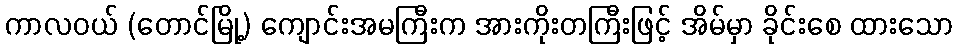
ကာလဝယ် (တောင်မြို့) ကျောင်းအမကြီးက အားကိုးတကြီးဖြင့် အိမ်မှာ ခိုင်းစေ ထားသော